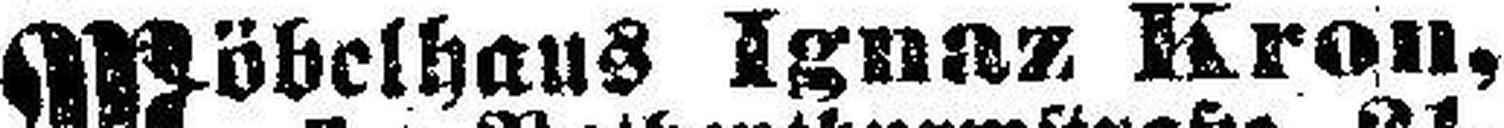
Möbelhaus Ignaz Kron,